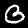
Digit: 3